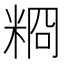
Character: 𥺂